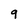
Character: 9